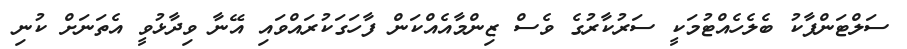
ސަލްޓަންޕާކު ބެލެހެއްޓުމަކީ ސަރުކާރުގެ ވެސް ޒިންމާއެއްކަން ފާހަގަކުރައްވައި އޭނާ ވިދާޅުވީ އެތަނަށް ކުނި